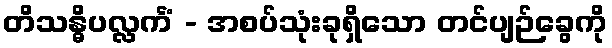
တိသန္ဓိပလ္လင်္ကံ - အစပ်သုံးခုရှိသော တင်ပျဉ်ခွေကို